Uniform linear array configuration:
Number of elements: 12
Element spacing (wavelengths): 0.25
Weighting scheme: binomial
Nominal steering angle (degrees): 15
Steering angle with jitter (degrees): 16.568
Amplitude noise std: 0.05
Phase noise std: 0.05

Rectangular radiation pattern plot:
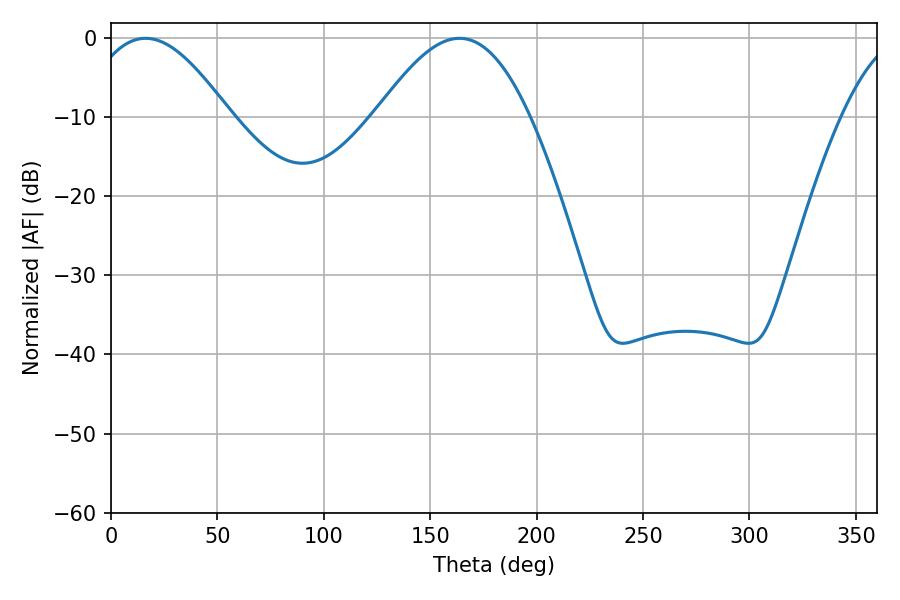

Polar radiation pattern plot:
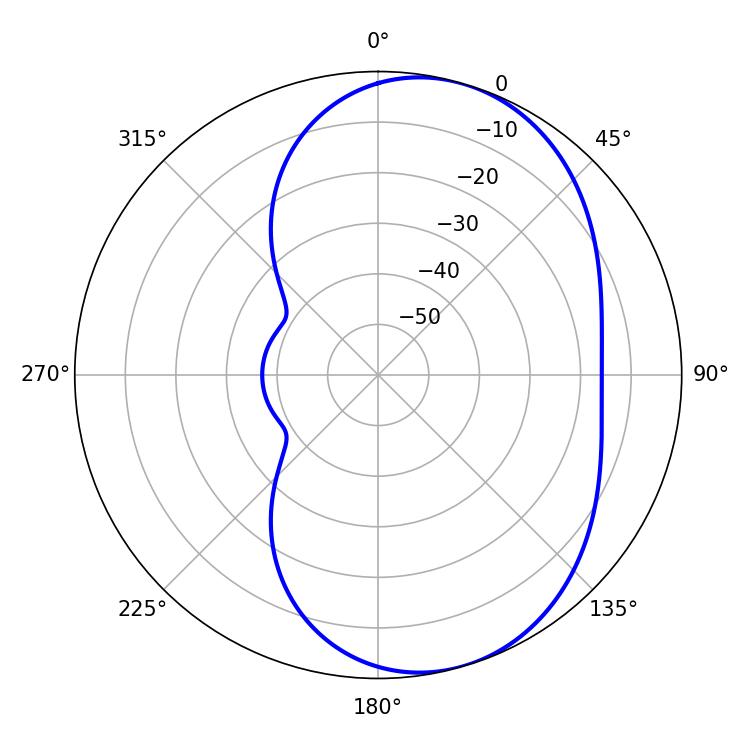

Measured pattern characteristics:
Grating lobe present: FALSE
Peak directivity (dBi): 6.221
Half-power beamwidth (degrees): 36.72
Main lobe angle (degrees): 16.2